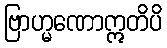
ဗြာဟ္မဏောဣတိပိ